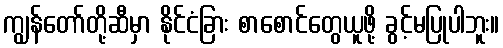
ကျွန်တော်တို့ဆီမှာ နိုင်ငံခြား စာစောင်တွေယူဖို့ ခွင့်မပြုပါဘူး။